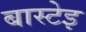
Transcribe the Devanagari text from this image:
बास्टेइ